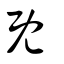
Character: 既